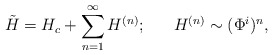
\begin{align*}\tilde{H} = H_c + \sum_{n=1}^{\infty} H^{(n)}; ~~~~~H^{(n)} \sim (\Phi^i)^n,\end{align*}